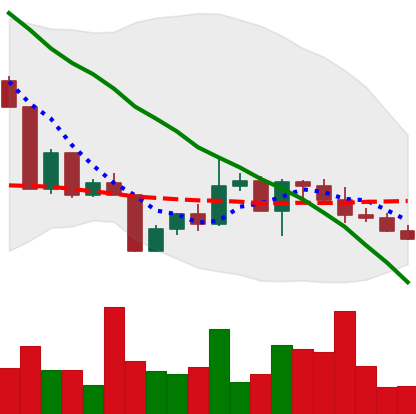
Ticker: XLM-USD
Chart end date: 2022-04-24
Forward return: -6.307%
Label: down_5_7